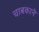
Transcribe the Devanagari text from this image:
चाबकाने